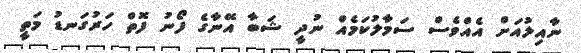
ނާއިލުއަށް އެއްވެސް ސަމާލުކަމެއް ނުދީ ޝަބާ އޭނާގެ ފޯނު ފޮތް ހަރުގަނޑު މަތީ